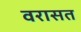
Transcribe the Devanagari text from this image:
वरासत